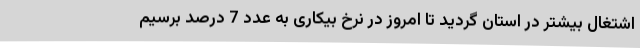
اشتغال بیشتر در استان گردید تا امروز در نرخ بیکاری به عدد 7 درصد برسیم